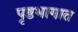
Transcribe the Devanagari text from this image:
पृष्ठभागात